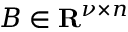
B \in { \mathbf { R } } ^ { \nu \times n }